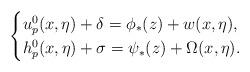
LaTeX: \begin{align*}\begin{cases} u_p^0(x,\eta)+\delta=\phi_*(z)+w(x,\eta),\\ h_p^0(x,\eta)+\sigma=\psi_*(z)+\Omega(x,\eta).\end{cases}\end{align*}